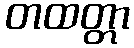
တထတ္တာ